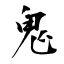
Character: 鬼